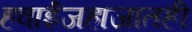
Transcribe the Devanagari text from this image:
हवाईजहाजातही